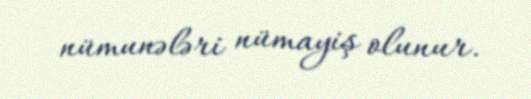
nümunələri nümayiş olunur.